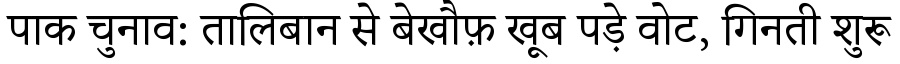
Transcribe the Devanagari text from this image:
पाक चुनाव: तालिबान से बेखौफ़ खूब पड़े वोट, गिनती शुरू